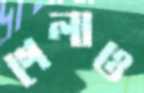
গেলাও